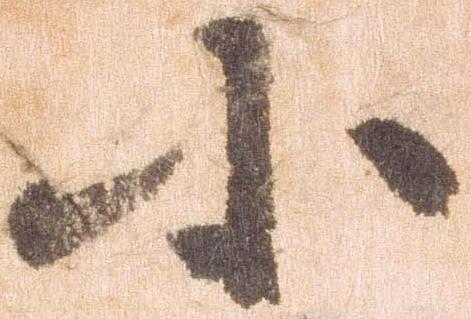
小